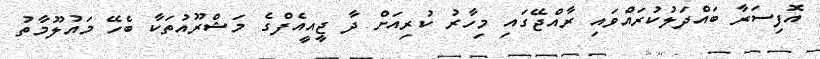
އޮފިސަރާ ބައްދަލުކުރައްވައި ރާއްޖޭގައި މިހާރު ކުރިއަށް ދާ ޖީއީއެފްގެ މަޝްރޫއުތަކާ ބެހޭ މައުލޫމާތު